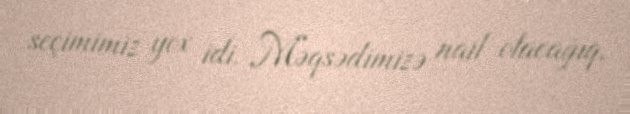
seçimimiz yox idi. Məqsədimizə nail olacağıq.